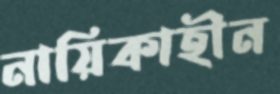
নায়িকাহীন